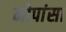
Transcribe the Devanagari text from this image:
मोपांसा